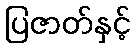
ပြဇာတ်နှင့်